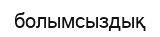
болымсыздық